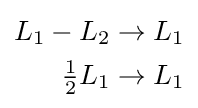
{\begin{aligned}L_{1}-L_{2}&\to L_{1}\\{\tfrac {1}{2}}L_{1}&\to L_{1}\end{aligned}}